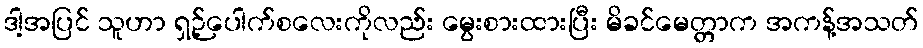
ဒါ့အပြင် သူဟာ ရှဉ့်ပေါက်စလေးကိုလည်း မွေးစားထားပြီး မိခင်မေတ္တာက အကန့်အသတ်